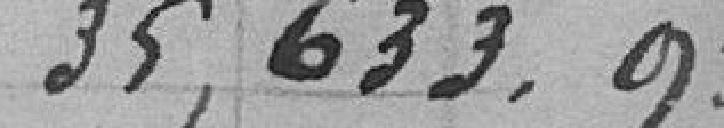
35.633,95